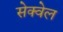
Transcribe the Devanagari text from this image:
सेक्वेल